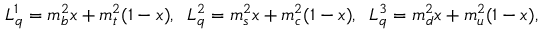
L _ { q } ^ { 1 } = m _ { b } ^ { 2 } x + m _ { t } ^ { 2 } ( 1 - x ) , \; \; L _ { q } ^ { 2 } = m _ { s } ^ { 2 } x + m _ { c } ^ { 2 } ( 1 - x ) , \; \; L _ { q } ^ { 3 } = m _ { d } ^ { 2 } x + m _ { u } ^ { 2 } ( 1 - x ) ,